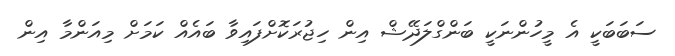
ސަބަބަކީ އެ މީހުންނަކީ ބަންގްލަދޭޝް އިން ހިޖުރަކޮށްފައިވާ ބައެއް ކަމަށް މިއަންމާ އިން